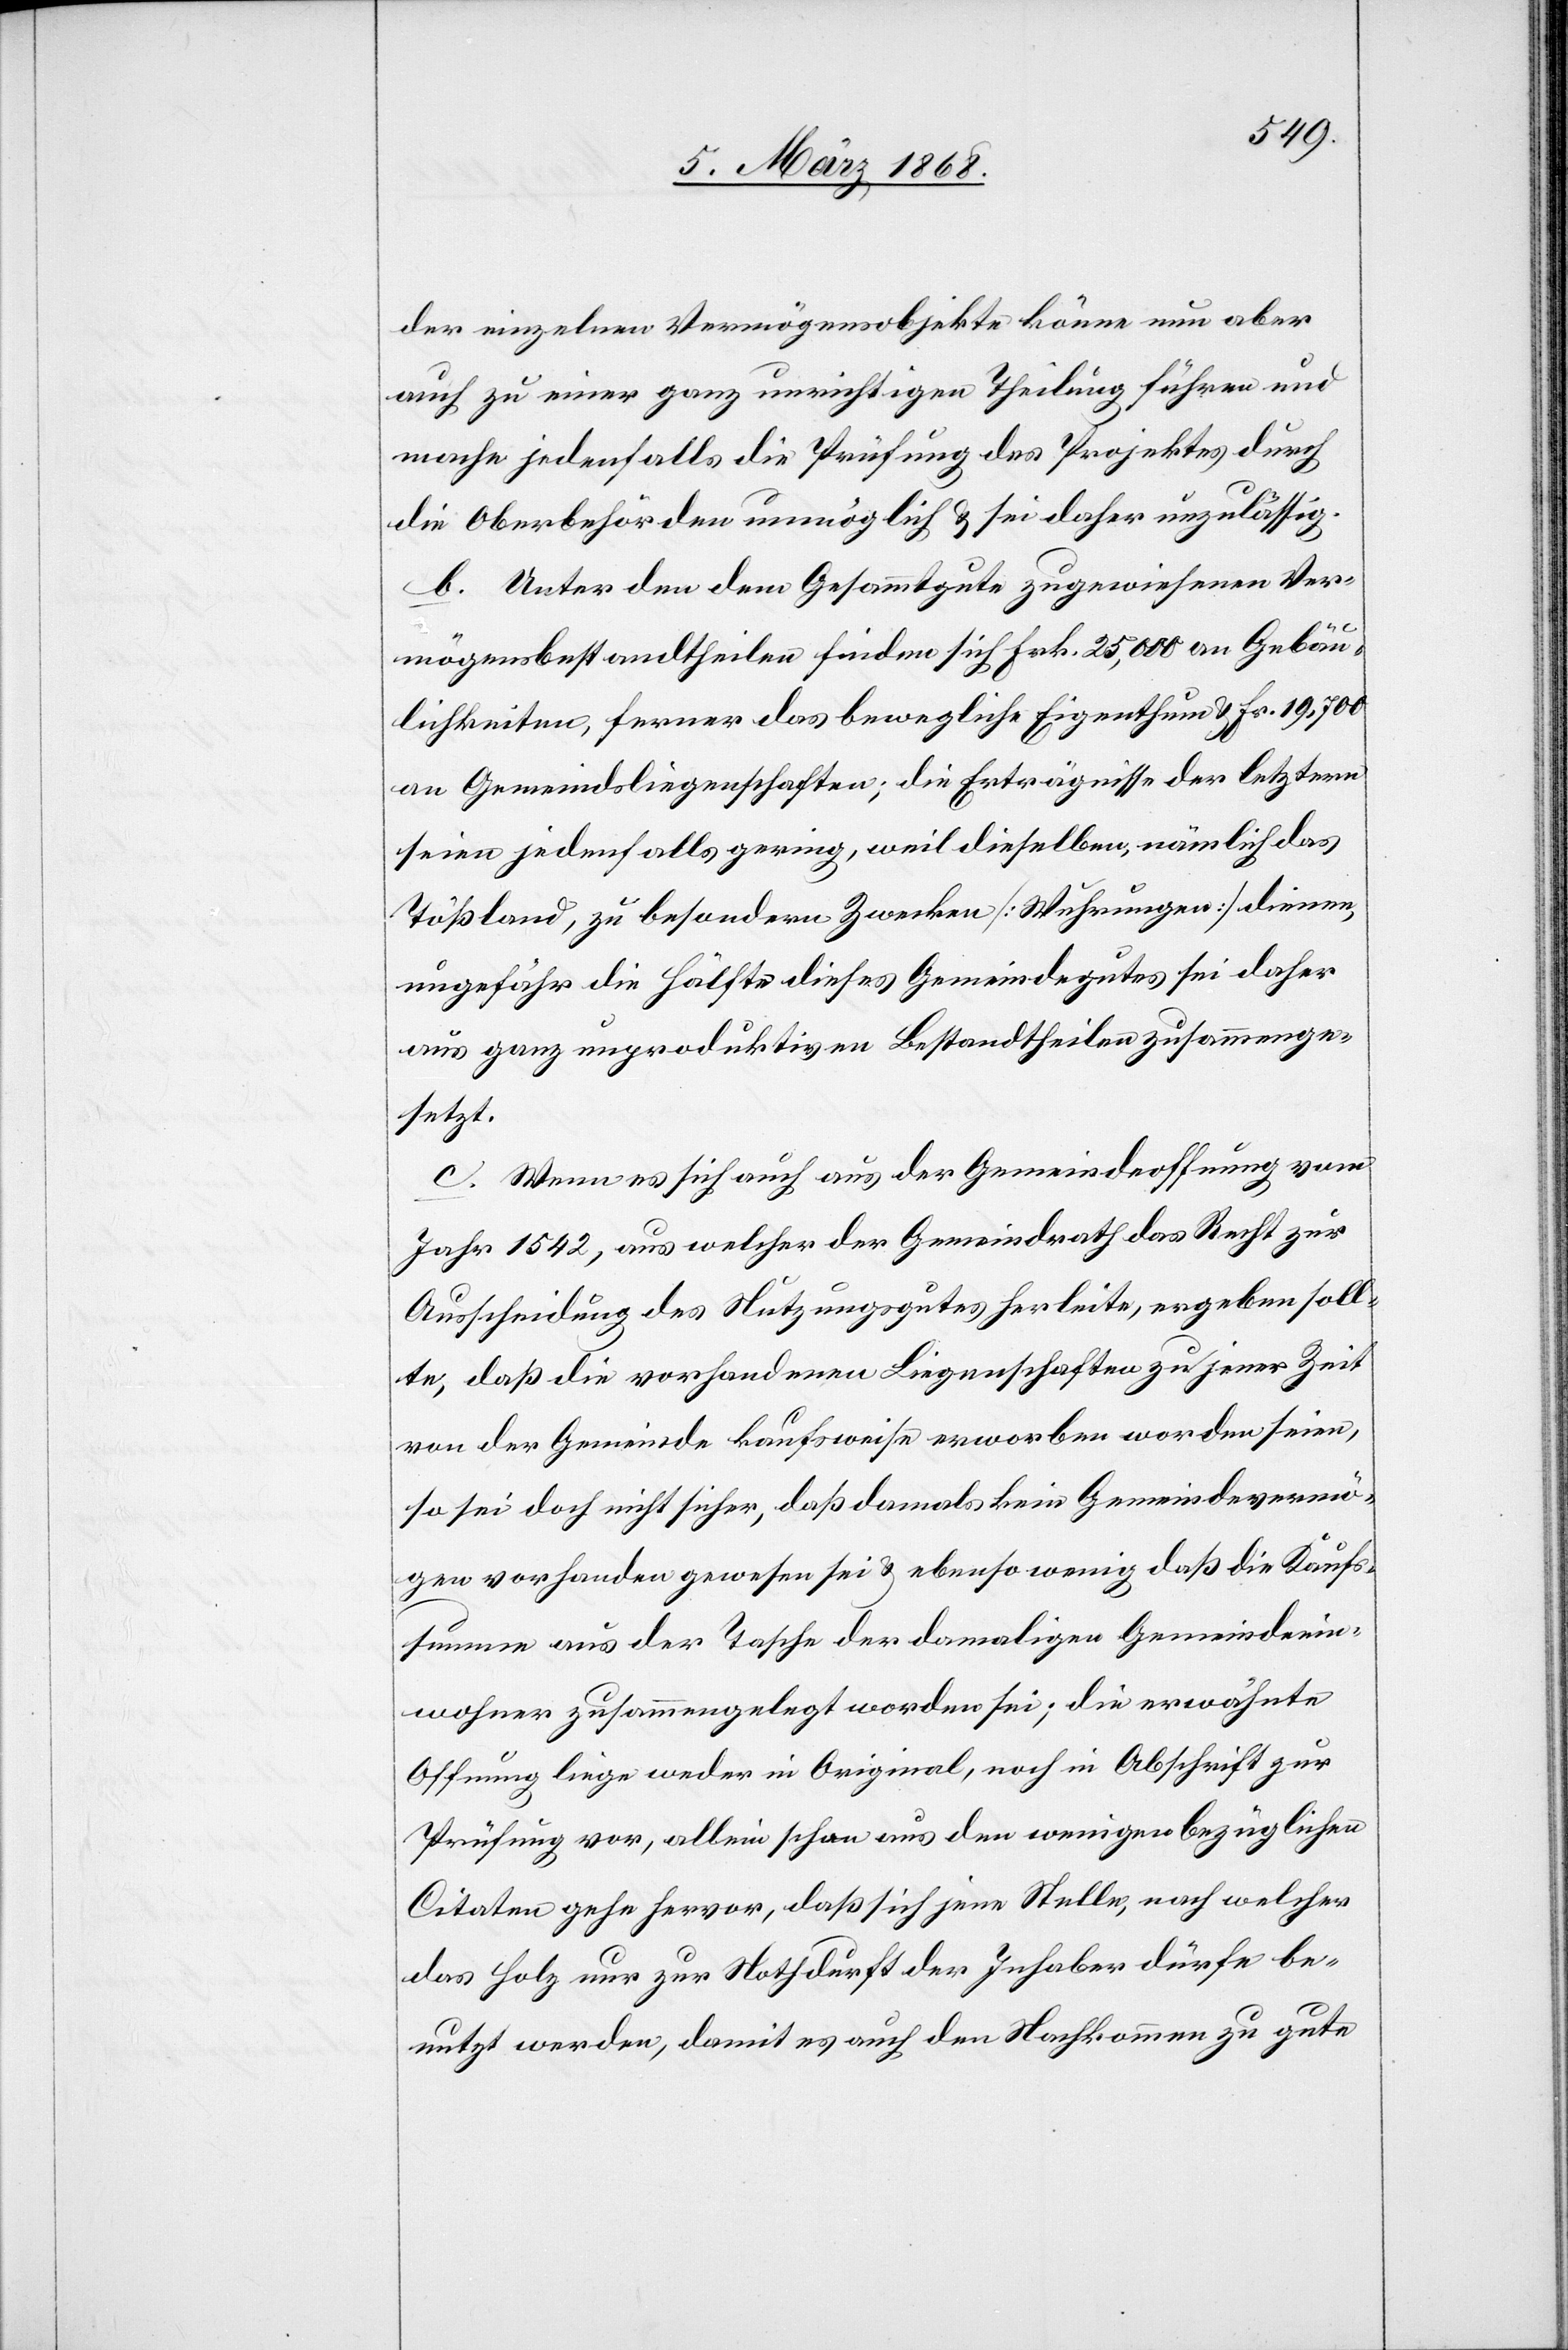
der einzelnen Vermögensobjekte könne nun aber
auch zu einer ganz unrichtigen Theilung führen und
mache jedenfalls die Prüfung des Projektes durch
die Oberbehörden unmöglich & sei daher unzulässig.
b. Unter den dem Gesammtgute zugewiesenen Ver¬
mögensbestandtheilen finden sich Frk. 25,000 an Gebäu¬
lichkeiten, ferner das bewegliche Eigenthum & Fr. 19,700
an Gemeindsliegenschaften; die Erträgnisse der letztern
seien jedenfalls gering, weil dieselben, nämlich das
Tößland, zu besondern Zwecken [Wuhrungen] dienen,
ungefähr die Hälfte dieses Gemeindegutes sei daher
aus ganz unproduktiven Bestandtheilen zusammenge¬
setzt.
c. Wenn es sich auch aus der Gemeindeoffnung vom
Jahr 1542, aus welcher der Gemeindrath das Recht zur
Ausscheidung des Nutzungsgutes herleite, ergeben soll¬
te, daß die vorhandenen Liegenschaften zu jener Zeit
von der Gemeinde kaufsweise erworben worden seien,
so sei doch nicht sicher, daß damals kein Gemeindevermö¬
gen vorhanden gewesen sei & ebenso wenig daß die Kaufs¬
summe aus der Tasche der damaligen Gemeindeein¬
wohner zusammengelegt worden sei; die erwähnte
Offnung liege weder in Original, noch in Abschrift zur
Prüfung vor, allein schon aus den wenigen bezüglichen
Citaten gehe hervor, daß sich jene Stelle, nach welcher
das Holz nur zur Nothdurft der Inhaber dürfe be¬
nutzt werden, damit es auch den Nachkommen zu gute